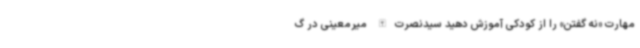
مهارت «نه گفتن» را از کودکی آموزش دهید سیدنصرت‌الله میرمعینی در گ